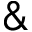
\&